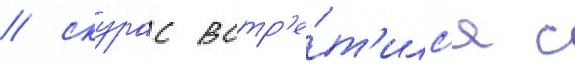
/ скурас встр'е́т'илс'я с